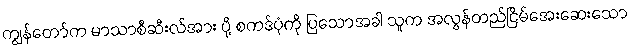
ကျွန်တော်က မာသာစီဆီးလ်အား ပို့ စကဒ်ပုံကို ပြသောအခါ သူက အလွန်တည်ငြိမ်အေးဆေးသော